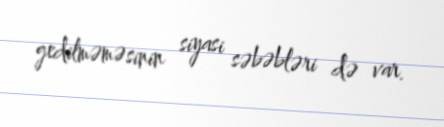
gedilməməsinin siyasi səbəbləri də var.